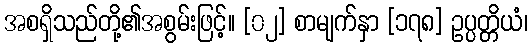
အစရှိသည်တို့၏အစွမ်းဖြင့်။ [၀၂] စာမျက်နှာ [၁၇၈] ဥပ္ပတ္တိယံ၊